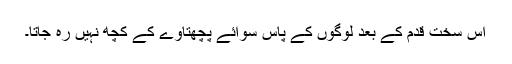
اس سخت قدم کے بعد لوگوں کے پاس سوائے پچھتاوے کے کچھ نہیں رہ جاتا۔